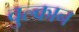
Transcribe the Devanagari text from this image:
वुल्कान